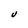
Character: U